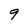
Character: g